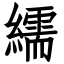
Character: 繻